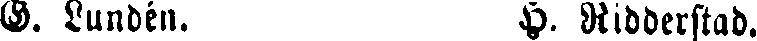
G. Lundén. H. Ridderstad.